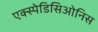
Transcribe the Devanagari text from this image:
एक्स्पेडिसिओनिस